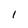
Character: 1